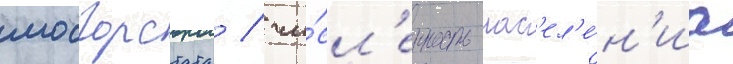
мосгорстата / чи́сл'енность нас'ел'е́н'иа